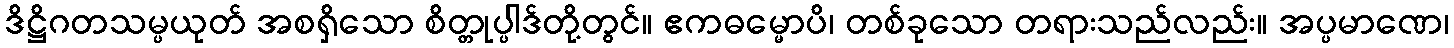
ဒိဋ္ဌိဂတသမ္ပယုတ် အစရှိသော စိတ္တုပ္ပါဒ်တို့တွင်။ ဧကဓမ္မောပိ၊ တစ်ခုသော တရားသည်လည်း။ အပ္ပမာဏေ၊